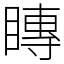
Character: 䁣